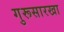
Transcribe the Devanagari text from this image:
गुरूसारखा